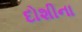
દોશીના